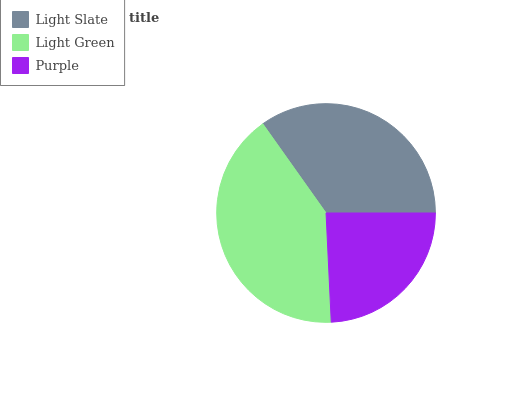
| Light Slate | Light Green | Purple |
 | --- | --- | --- |
 | 34.9% | 40.9% | 24.2% |